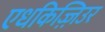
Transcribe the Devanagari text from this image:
एधकिज़्ज़िउर